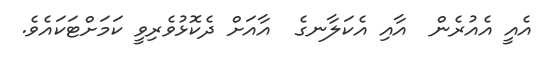
އެއީ އެއުރެން  އާއި އެކަލާނގެ  އާއަށް ދެކޮޅުވެރިވީ ކަމަށްޓަކައެވެ.